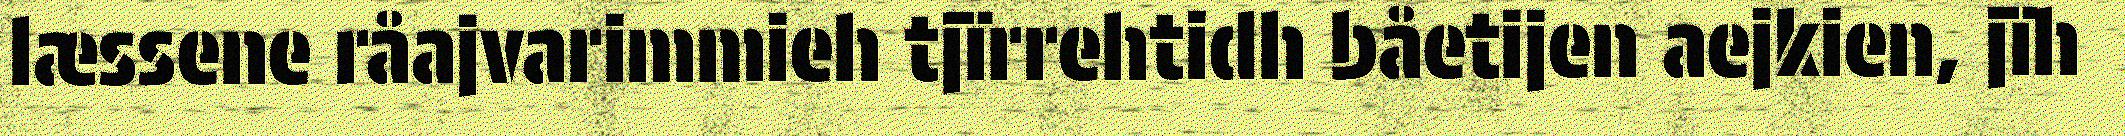
læssene råajvarimmieh tjïrrehtidh båetijen aejkien, jïh